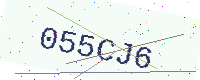
Text: 055CJ6